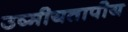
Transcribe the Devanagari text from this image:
उष्मीयतापीय